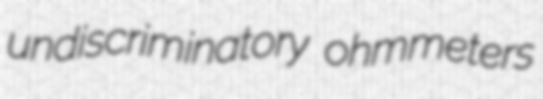
undiscriminatory ohmmeters